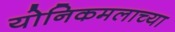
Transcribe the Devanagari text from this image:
योनिकमलाच्या